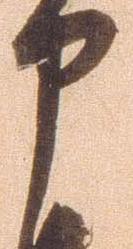
申